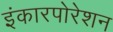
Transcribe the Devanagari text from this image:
इंकारपोरेशन